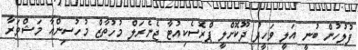
ފުލުހުން ބުނީ އަލީ ވަހީދު ދޫކޮށްލީ ޕްރޮސެކިއުޓާ ޖެނެރަލް މުހުތާޒް މުހުސިންއާ މަޝްވަރާ